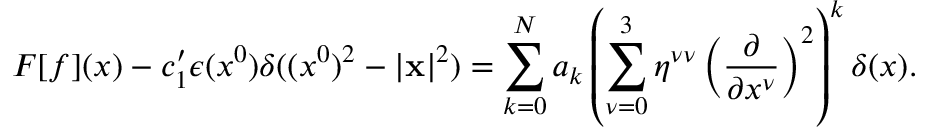
F [ f ] ( x ) - c _ { 1 } ^ { \prime } \epsilon ( x ^ { 0 } ) \delta ( ( x ^ { 0 } ) ^ { 2 } - | { \bf x } | ^ { 2 } ) = \sum _ { k = 0 } ^ { N } a _ { k } \left( \sum _ { \nu = 0 } ^ { 3 } \eta ^ { \nu \nu } \left( \frac { \partial } { \partial x ^ { \nu } } \right) ^ { 2 } \right) ^ { k } \delta ( x ) .